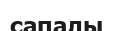
сапалы